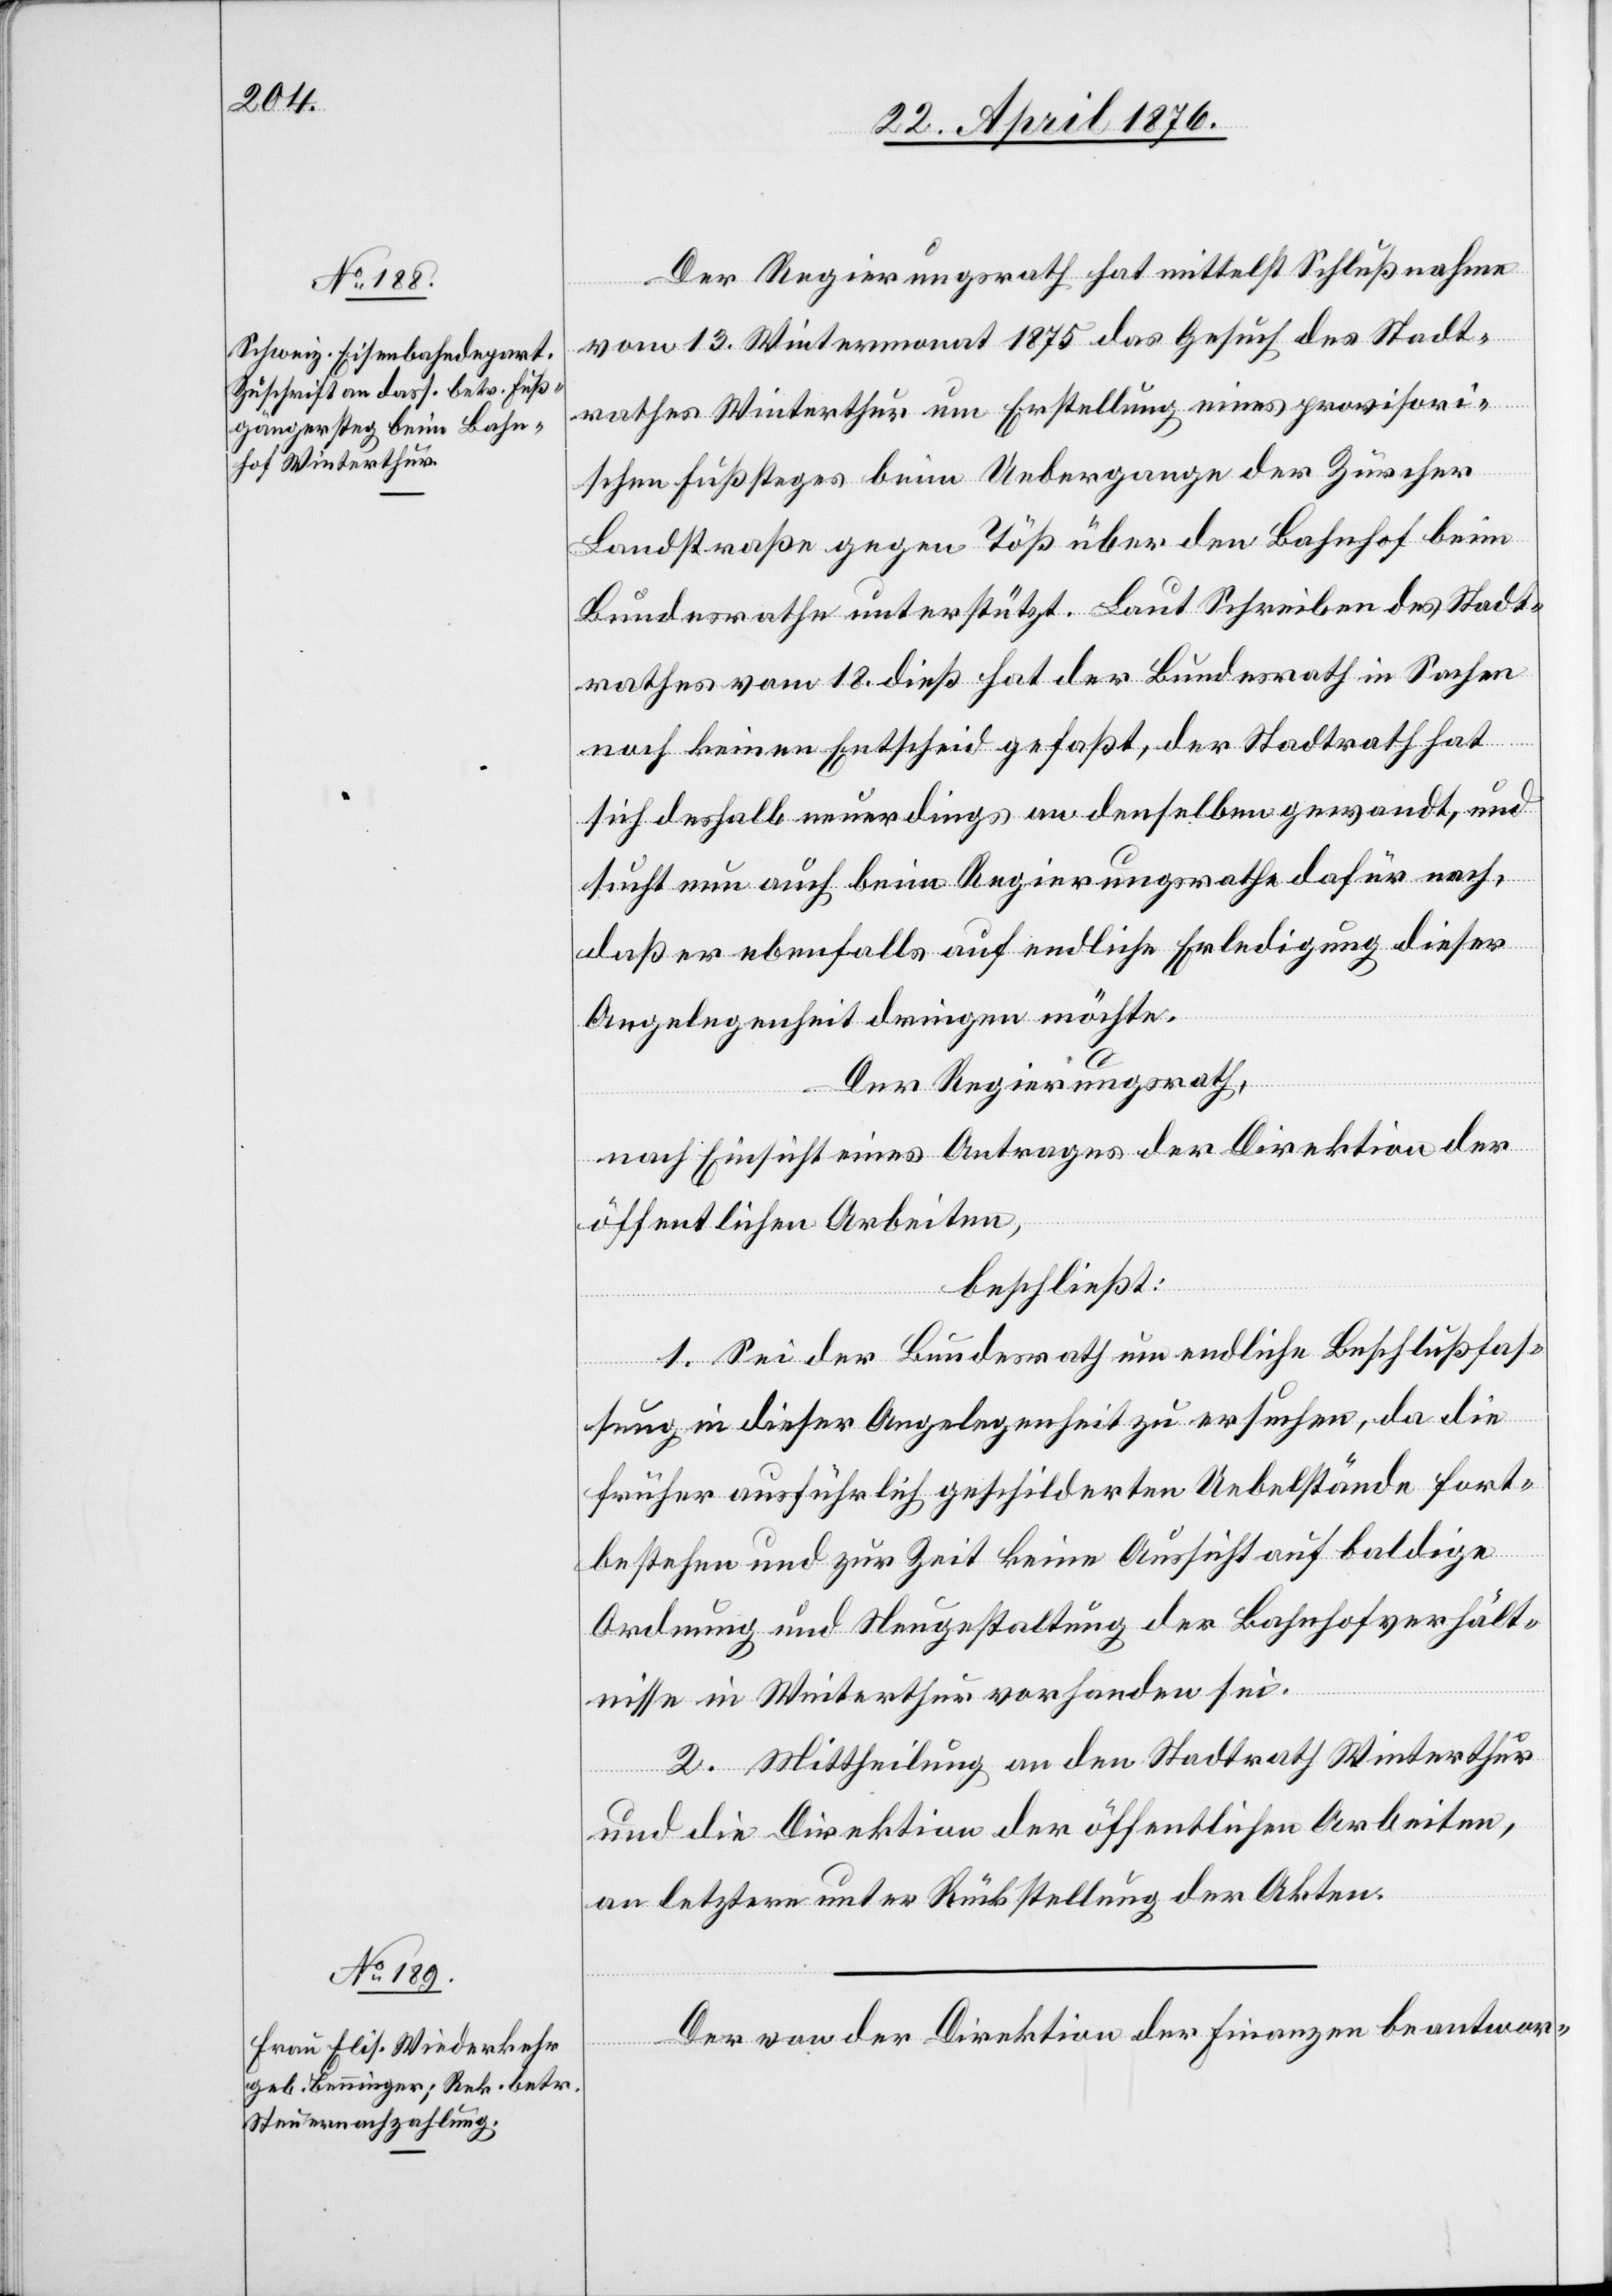
Der Regierungsrath hat mittelst Schlußnahme
vom 13. Wintermonat 1875 das Gesuch des Stadt¬
rathes Winterthur um Erstellung eines provisori¬
schen Fußsteges beim Uebergange der Zürcher
Landstraße gegen Töß über den Bahnhof beim
Bundesrathe unterstützt. Laut Schreiben des Stadt¬
rathes vom 18. dieß hat der Bundesrath in Sachen
noch keinen Entscheid gefaßt, der Stadtrath hat
sich deshalb neuerdings an denselben gewandt, und
sucht nun auch beim Regierungsrathe dafür nach,
daß er ebenfalls auf endliche Erledigung dieser
Angelegenheit dringen möchte.
Der Regierungsrath,
nach Einsicht eines Antrages der Direktion der
öffentlichen Arbeiten,
beschließt:
1. Sei der Bundesrath um endliche Beschlußfas¬
sung in dieser Angelegenheit zu ersuchen, da die
früher ausführlich geschilderten Uebelstände fort¬
bestehen und zur Zeit keine Aussicht auf baldige
Ordnung und Neugestaltung der Bahnhofverhält¬
nisse in Winterthur vorhanden sei.
2. Mittheilung an den Stadtrath Winterthur
und die Direktion der öffentlichen Arbeiten,
an letztere unter Rückstellung der Akten.
Der von der Direktion der Finanzen beantwor-